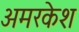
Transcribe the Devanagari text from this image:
अमरकेश